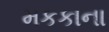
મકકાના